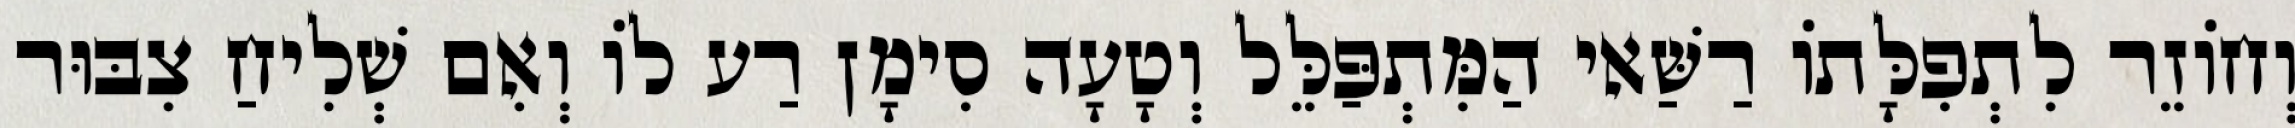
וְחוֹזֵר לִתְפִלָּתוֹ רַשַּׁאי הַמִּתְפַּלֵּל וְטָעָה סִימָן רַע לוֹ וְאִם שְׁלִיחַ צִבּוּר